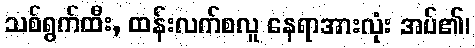
သစ်ရွက်ထီး, ထန်းလက်စလူ နေရာအားလုံး အပ်၏၊